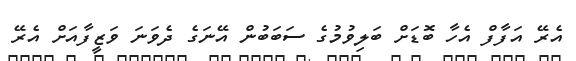
އެރޭ އަފާފް އެހާ ބޮޑަށް ބަލިވުމުގެ ސަބަބުން އޭނަގެ ދެވަނަ ވަޒީފާއަށް އެރޭ